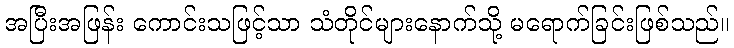
အပြီးအဖြန်း ကောင်းသဖြင့်သာ သံတိုင်များနောက်သို့ မရောက်ခြင်းဖြစ်သည်။